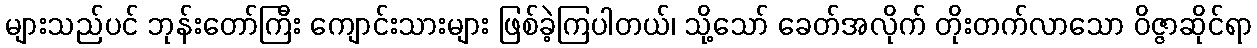
များသည်ပင် ဘုန်းတော်ကြီး ကျောင်းသားများ ဖြစ်ခဲ့ကြပါတယ်၊ သို့သော် ခေတ်အလိုက် တိုးတက်လာသော ဝိဇ္ဇာဆိုင်ရာ